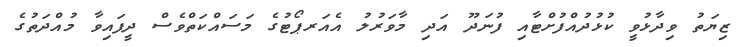
ޒިޔަތު ވިދާޅުވީ ކުޅުދުއްފުށްޓާއި ފުނަދޫ އަދި މާވަރުލު އެއަރޕޯޓުގެ މަސައްކަތްވެސް ދީފައިވާ މުއްދަތުގެ